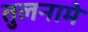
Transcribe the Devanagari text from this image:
तुलनामे